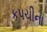
કપચીના